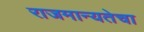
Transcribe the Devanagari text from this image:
राजमान्यतेचा